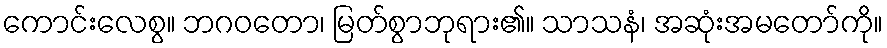
ကောင်းလေစွ။ ဘဂဝတော၊ မြတ်စွာဘုရား၏။ သာသနံ၊ အဆုံးအမတော်ကို။